Source: Handwritten
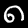
Digit: ၈ (8)